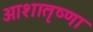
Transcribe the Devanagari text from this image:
आशातृष्णा